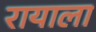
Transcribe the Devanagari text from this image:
रायाला